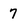
Character: 7